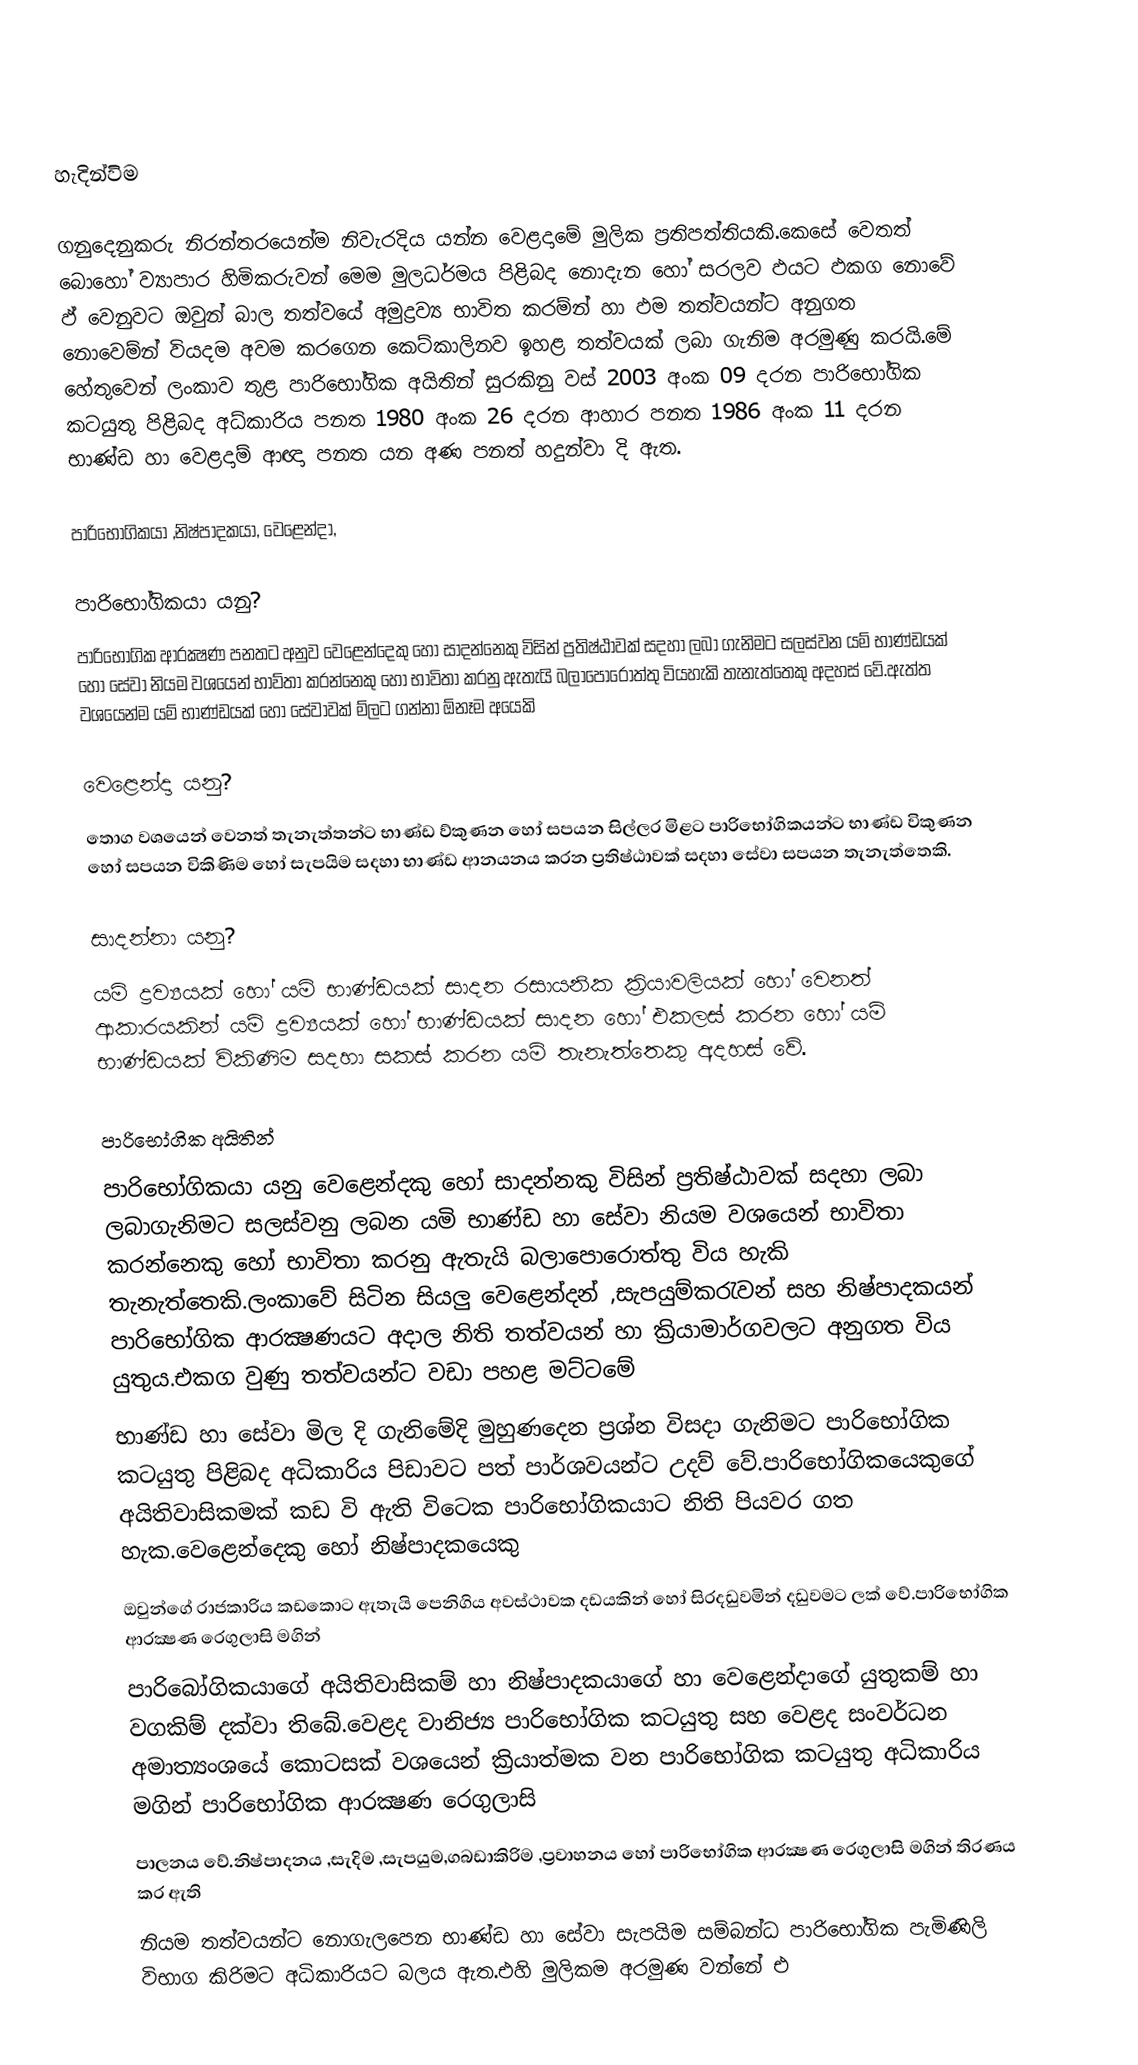

හැදින්විම

ගනුදෙනුකරු නිරන්තරයෙන්ම නිවැරදිය යන්න වෙළදාමේ මුලික ප්‍රතිපත්තියකි.කෙ‍සේ වෙතත් බොහෝ ව්‍යාපාර හිමිකරුවන් මෙම මුලධර්මය පිළිබද නොදැන හෝ සරලව ඵයට ඵකග නොවේ ඵ් වෙනුවට ඔවුන් බාල තත්වයේ අමුද්‍රව්‍ය භාවිත කරම්න් හා ඵම තත්වයන්ට අනුගත නොවෙම්න් වියදම අවම කරගෙන කෙට්කාලිනව ඉහළ තත්වයක් ලබා ගැනිම අරමුණු කරයි.මේ හේතුවෙන් ලංකාව තුළ පාරිභෝගික අයිතින් සුරකිනු වස් 2003 අංක 09 දරන පාරිභෝගික කටයුතු පිළිබද අධ්කාරිය පනත 1980 අංක 26 දරන ආහාර පනත 1986 අංක 11 දරන භාණ්ඩ හා වෙළදාම් ආඥා පනත යන අණ පනත් හදුන්වා දි ඇත.

පාරිභෝගිකයා ,නිෂ්පාදකයා, වෙළෙන්දා,

පාරිභෝගිකයා යනු?
පාරිභෝගික ආරක්‍ෂණ පනතට අනුව වෙළෙන්දෙකු හෝ සාදන්නෙකු විසින් ප්‍රතිෂ්ඨාවක් සදහා ලබා ගැනිමට සලස්වන යම් භාණ්ඩයක් හෝ සේවා නියම වශයෙන් භාව්තා කරන්නෙකු හෝ භාවිතා කරනු ඇතැයි බලාපොරොත්තු වියහැකි තැනැත්තෙකු අදහස් වේ.ඇත්ත වශයෙන්ම යම්  භාණ්ඩයක් හෝ සේවාවක් ම්ලට ගන්නා ඕනෑම අයෙකි

වෙළෙන්දා යනු?
තොග වශයෙන් වෙනත් තැනැත්තන්ට භාණ්ඩ ව්කුණන හෝ සපයන සිල්ලර මිළට පාරිභෝගිකයන්ට භාණ්ඩ විකුණන හෝ සපයන විකිණිම හෝ සැපයිම සදහා භාණ්ඩ ආනයනය කරන ප්‍රතිෂ්ඨාවක් සදහා සේවා සපයන තැනැත්තෙකි.

සාදන්නා යනු?
යමි ද්‍රව්‍යයක් හෝ යමි භාණ්ඩයක් සාදන රසායනික ක්‍රියාවලියක් හෝ වෙනත් ආකාරයකින් යම් ද්‍රව්‍යයක් හෝ භාණ්ඩයක් සාදන හෝ එකලස් කරන හෝ යම් භාණ්ඩයක් විකිණිම සදහා සකස් කරන යම්  තැනැත්තෙකු අදහස් වේ.

පාරිභෝගික අයිතින්
පාරිභෝගිකයා යනු වෙළෙන්දකු හෝ සාදන්නකු විසින් ප්‍රතිෂ්ඨාවක් සදහා ලබා ලබාගැනිමට සලස්වනු ලබන යමි භාණ්ඩ හා සේවා නියම වශයෙන් භාවිතා කරන්නෙකු හෝ භාවිතා කරනු ඇතැයි බලාපොරොත්තු විය හැකි තැනැත්තෙකි.ලංකාවේ සිටින සියලු වෙළෙන්දන් ,සැපයුම්කරැවන් සහ නිෂ්පාදකයන් පාරිභෝගික ආරක්‍ෂණයට අදාල නිති තත්වයන් හා ක්‍රියාමාර්ගවලට අනුගත විය යුතුය.එකග වුණු තත්වයන්ට වඩා පහළ මට්ටමේ
භාණ්ඩ හා සේවා මිල දි ගැනිමේදි මුහුණදෙන ප්‍රශ්න විසදා ගැනිමට පාරිභෝගික කටයුතු පිළිබද අධිකාරිය පිඩාවට පත් පාර්ශවයන්ට උදව් වේ.පාරිභෝගිකයෙකුගේ අයිතිවාසිකමක් කඩ වි ඇති විටෙක පාරිභෝගිකයාට නිති පියවර ගත හැක.වෙළෙන්දෙකු හෝ නිෂ්පාදකයෙකු
ඔවුන්ගේ රාජකාරිය කඩකොට ඇතැයි පෙනිගිය අවස්ථාවක දඩයකින් හෝ සිරදඩුවමින් දඩුවමට ලක් වේ.පාරිභෝගික ආරක්‍ෂණ රෙගුලාසි මගින්
පාරිබෝගිකයාගේ අයිතිවාසිකම් හා නිෂ්පාදකයාගේ හා වෙළෙන්දාගේ යුතුකම් හා වගකිම් දක්වා තිබේ.වෙළද වානිජ්‍ය පාරිභෝගික කටයුතු සහ වෙළද සංවර්ධන අමාත්‍යංශයේ කොටසක් වශයෙන් ක්‍රියාත්මක වන පාරිභෝගික කටයුතු අධිකාරිය මගින් පාරිභෝගික ආරක්‍ෂණ රෙගුලාසි
පාලනය වේ.නිෂ්පාදනය ,සැදිම ,සැපයුම,ගබඩාකිරිම ,ප්‍රවාහනය හෝ පාරිභෝගික ආරක්‍ෂණ රෙගුලාසි මගින් තිරණය කර ඇති
නියම තත්වයන්ට නොගැලපෙන භාණ්ඩ හා සේවා සැපයිම සම්බන්ධ පාරිභෝගික පැමිණිලි විභාග කිරිමට අධිකාරියට බලය ඇත.එහි මුලිකම අරමුණ වන්නේ එ